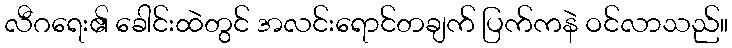
လီဂရေး၏ ခေါင်းထဲတွင် အလင်းရောင်တချက် ပြက်ကနဲ ဝင်လာသည်။